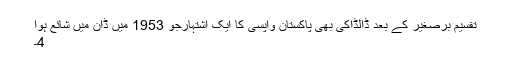
تقسیم برصغیر کے بعد ڈالڈاکی بھی پاکستان واپسی کا ایک اشتہارجو 1953 میں ڈان میں شائع ہوا
4۔